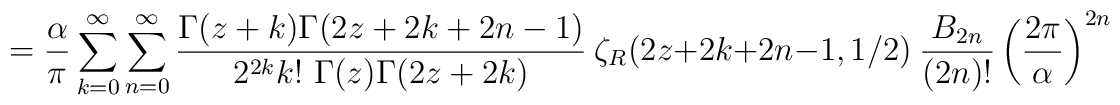
={\alpha \over \pi}\sum_{k=0}^{\infty}\sum_{n=0}^{\infty} {\Gamma(z+k)\Gamma(2z+2k+2n-1) \over 2^{2k}k!~\Gamma(z)\Gamma(2z+2k)}~\zeta_R(2z+2k+2n-1,1/2)~{B_{2n} \over (2n)!}\left({2\pi \over \alpha}\right)^{2n}